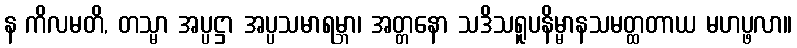
န ကိလမတိ, တသ္မာ အပ္ပဋ္ဌာ အပ္ပသမာရမ္ဘာ၊ အတ္တနော သဒိသရူပနိမ္မာနသမတ္ထတာယ မဟပ္ဖလာ။